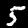
Digit: 5